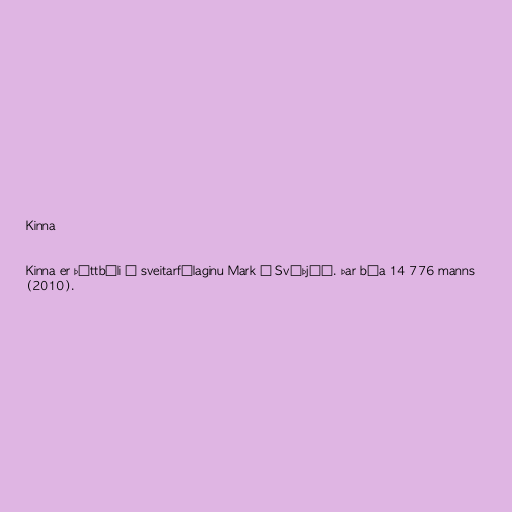
Kinna

Kinna er þéttbýli í sveitarfélaginu Mark í Svíþjóð. Þar búa 14 776 manns
(2010).